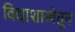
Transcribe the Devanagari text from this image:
विद्याशाखेतून